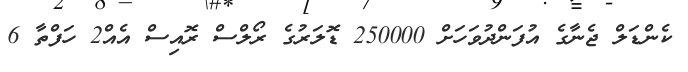
ކެންޑަލް ޖެނާގެ އުފަންދުވަހަށް 250000 ޑޮލަރުގެ ރޯލްސް ރޮއިސް އެއް2 ހަފްތާ 6